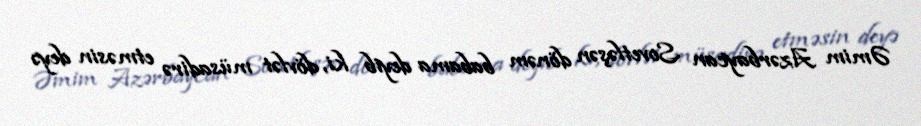
Əmim Azərbaycan Sovetləşən dönəm babama deyib ki, dövlət müsadirə etməsin deyə